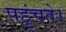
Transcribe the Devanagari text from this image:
पहुंचते।